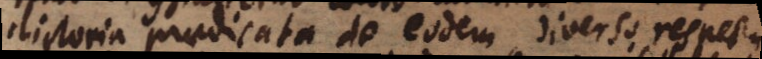
contradictoria praedicata de eodem, diverso respectu